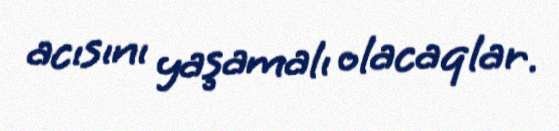
acısını yaşamalı olacaqlar.